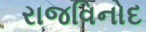
રાજવિનોદ